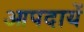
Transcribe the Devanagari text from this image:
आपदायें